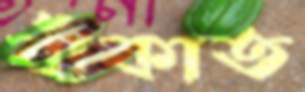
বাঁকাত